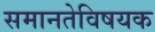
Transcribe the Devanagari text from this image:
समानतेविषयक